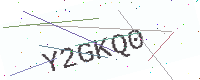
Text: Y2GKQ0